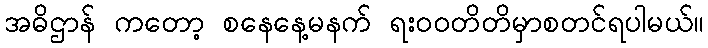
အဓိဌာန် ကတော့ စနေနေ့မနက် ရး၀၀တိတိမှာစတင်ရပါမယ်။